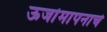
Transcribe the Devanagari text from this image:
ऊर्जामापनाचे